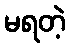
မရတဲ့